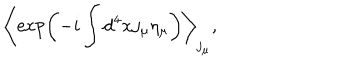
\left< \exp \left( - i \int d ^ { 4 } x j _ { \mu } \eta _ { \mu } \right) \right> _ { j _ { \mu } } ,